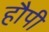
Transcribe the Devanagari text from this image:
हौपी